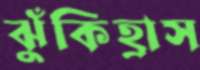
ঝুঁকিহ্রাস